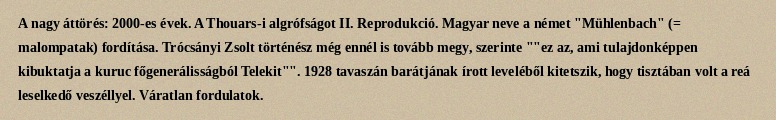
A nagy áttörés: 2000-es évek. A Thouars-i algrófságot II. Reprodukció. Magyar neve a német "Mühlenbach" (= malompatak) fordítása. Trócsányi Zsolt történész még ennél is tovább megy, szerinte ""ez az, ami tulajdonképpen kibuktatja a kuruc főgenerálisságból Telekit"". 1928 tavaszán barátjának írott leveléből kitetszik, hogy tisztában volt a reá leselkedő veszéllyel. Váratlan fordulatok.